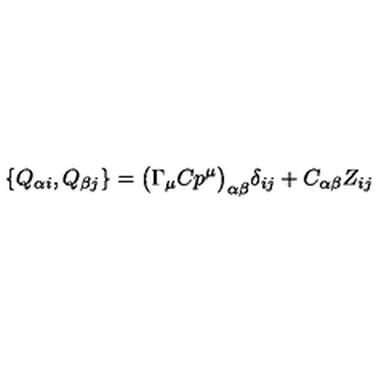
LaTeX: \{ Q _ { \alpha i } , Q _ { \beta j } \} = \bigl ( \Gamma _ { \mu } C p ^ { \mu } \bigr ) _ { \alpha \beta } \delta _ { i j } + C _ { \alpha \beta } Z _ { i j }